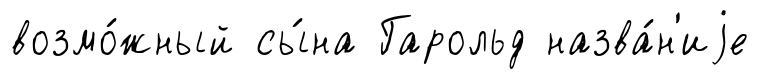
возмо́жный сы́на Гарольд назва́н'иjе